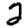
Digit: 2